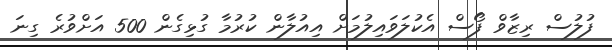
ފުލުސް ރިޒާވް ފޯސް އެކުލަވައިލުމަށް އިއުލާން ކުރުމާ ގުޅިގެން 500 އަށްވުރެ ގިނަ